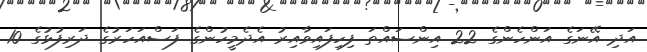
އަދި އޭނަގެ އަންހެންގެ 22 އިންސައްތަ ފިހިފައިވާއިރު އެދެމީހުންގެ ފަސްއަހަރުގެ ދަރިފުޅުގެ 10